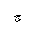
Letter: _gim